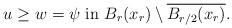
LaTeX: \begin{align*}{\mbox{$u \ge w = \psi$ in $B_r(x_r) \setminus \overline{B_{r/2}(x_r)}$.}}\end{align*}